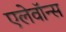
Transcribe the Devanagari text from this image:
एलेवॉन्स